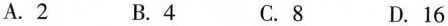
A.2 B.4 C.8 D.16